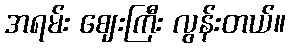
အရမ်း ဈေးကြီး လွန်းတယ်။